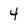
Character: 4